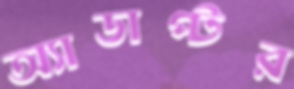
অ্যাডাপ্টর